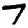
Digit: 7